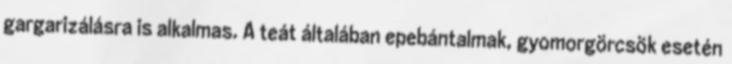
gargarizálásra is alkalmas. A teát általában epebántalmak, gyomorgörcsök esetén